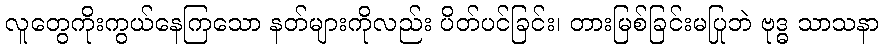
လူတွေကိုးကွယ်နေကြသော နတ်များကိုလည်း ပိတ်ပင်ခြင်း၊ တားမြစ်ခြင်းမပြုဘဲ ဗုဒ္ဓ သာသနာ